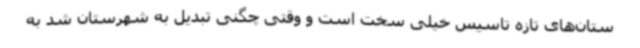
ستان‌های تازه تاسیس خیلی سخت است و وقتی چگنی تبدیل به شهرستان شد به